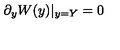
\partial _ { y } W ( y ) | _ { y = Y } = 0